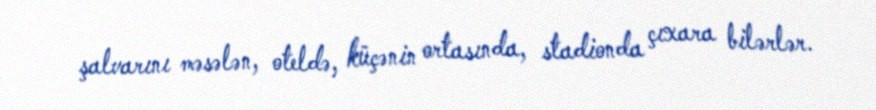
şalvarını məsələn, oteldə, küçənin ortasında, stadionda çıxara bilərlər.